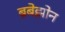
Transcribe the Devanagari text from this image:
ब्रॅबेझोन